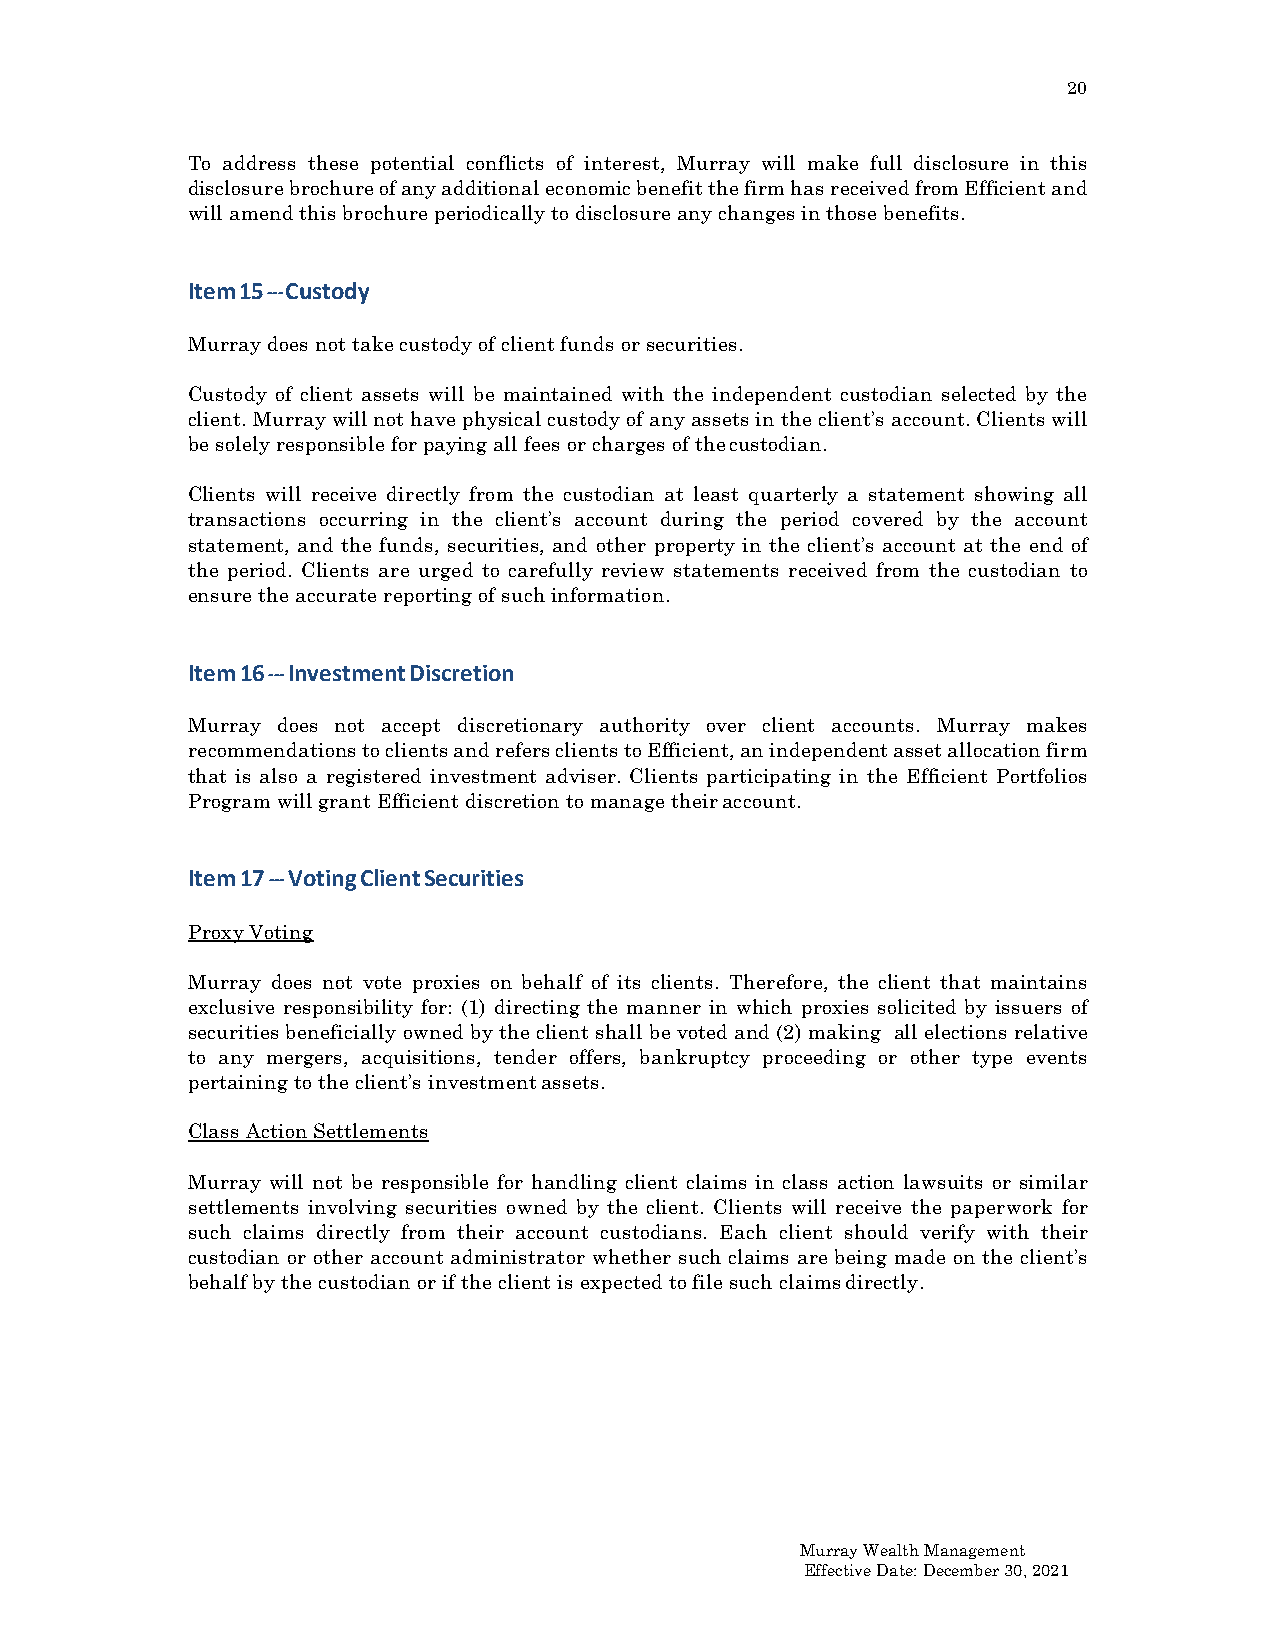
20
 To address these potential conflicts of interest, Murray will make full disclosure in this
 disclosure brochure of any additional economic benefit the firm has received from Efficient and
 will amend this brochure periodically to disclosure any changes in those benefits.
 Item 15 --- Custody
 Murray does not take custody of client funds or securities.
 Custody of client assets will be maintained with the independent custodian selected by the
 client. Murray will not have physical custody of any assets in the client’s account. Clients will
 be solely responsible for paying all fees or charges of the custodian.
 Clients will receive directly from the custodian at least quarterly a statement showing all
 transactions occurring in the client’s account during the period covered by the account
 statement, and the funds, securities, and other property in the client’s account at the end of
 the period. Clients are urged to carefully review statements received from the custodian to
 ensure the accurate reporting of such information.
 Item 16 --- Investment Discretion
 Murray does not accept discretionary authority over client accounts. Murray makes
 recommendations to clients and refers clients to Efficient, an independent asset allocation firm
 that is also a registered investment adviser. Clients participating in the Efficient Portfolios
 Program will grant Efficient discretion to manage their account.
 Item 17 --- Voting Client Securities
 Proxy Voting
 Murray does not vote proxies on behalf of its clients. Therefore, the client that maintains
 exclusive responsibility for: (1) directing the manner in which proxies solicited by issuers of
 securities beneficially owned by the client shall be voted and (2) making all elections relative
 to any mergers, acquisitions, tender offers, bankruptcy proceeding or other type events
 pertaining to the client’s investment assets.
 Class Action Settlements
 Murray will not be responsible for handling client claims in class action lawsuits or similar
 settlements involving securities owned by the client. Clients will receive the paperwork for
 such claims directly from their account custodians. Each client should verify with their
 custodian or other account administrator whether such claims are being made on the client’s
 behalf by the custodian or if the client is expected to file such claims directly.
 Murray Wealth Management
 Effective Date: December 30, 2021